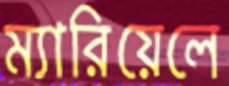
ম্যারিয়েলে